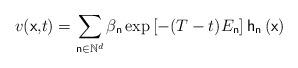
LaTeX: \begin{align*}v(\mathsf{x,}t)=\sum_{\mathsf{n}\in \mathbb{N}^{d}}\beta _{\mathsf{n}}\exp \left[ -(T-t)E_{\mathsf{n}}\right] \mathsf{h}_{\mathsf{n}}\left( \mathsf{x}\right) \end{align*}